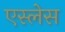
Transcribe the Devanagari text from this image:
एस्लेस